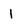
Character: l